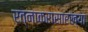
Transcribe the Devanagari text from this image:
रत्नाकरासारख्या